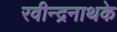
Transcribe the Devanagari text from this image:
रवीन्द्रनाथके